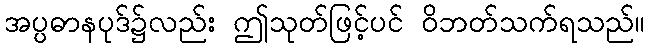
အပ္ပဓာနပုဒ်၌လည်း ဤသုတ်ဖြင့်ပင် ဝိဘတ်သက်ရသည်။